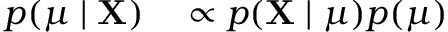
\begin{array} { r l } { p ( \mu \mid \mathbf { X } ) } & { { } \propto p ( \mathbf { X } \mid \mu ) p ( \mu ) } \end{array}